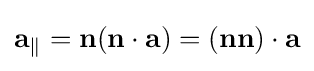
\mathbf {a} _{\parallel }=\mathbf {n} (\mathbf {n} \cdot \mathbf {a} )=(\mathbf {nn} )\cdot \mathbf {a}